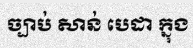
ច្បាប់ សាន់ បេដា ក្នុង